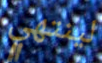
لينتهي